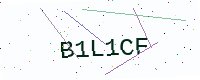
Text: B1L1CF